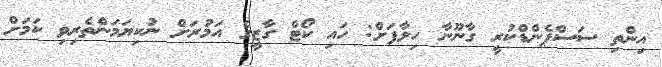
އިންތި ސަސްޕެންޑްކުރީ ގާނޫނާ ހިލާފަށް: ހައި ކޯޓް ގާޒީގެ އަމުރަށް ނުކިޔަމަންތެރިވި ކަމަށް